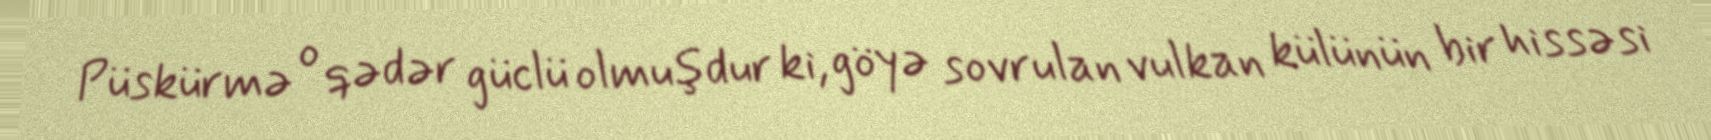
Püskürmə o qədər güclü olmuşdur ki, göyə sovrulan vulkan külünün bir hissəsi